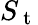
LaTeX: S_{\mathrm{~t~}}